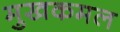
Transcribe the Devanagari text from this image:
मुखकमल